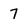
Character: 7